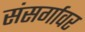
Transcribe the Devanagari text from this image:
संसर्गावर